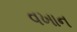
વખાન